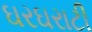
ઘરઘરાટી